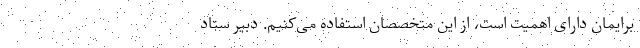
برایمان دارای اهمیت است، از این متخصصان استفاده می‌کنیم. دبیر ستاد